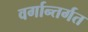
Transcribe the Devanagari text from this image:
वर्गान्तर्गत